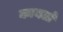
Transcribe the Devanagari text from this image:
कायलों